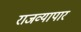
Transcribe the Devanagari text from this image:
राजव्यापार